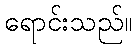
ရောင်းသည်။